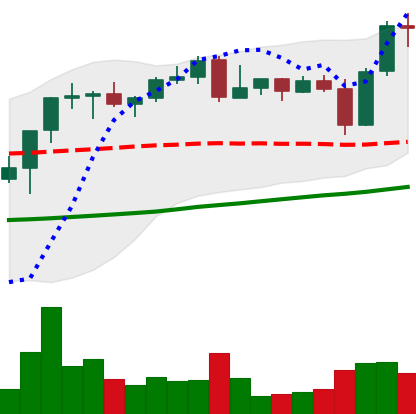
Ticker: BNB-USD
Chart end date: 2021-10-30
Forward return: 6.027%
Label: up_5_7